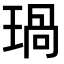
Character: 𤧗